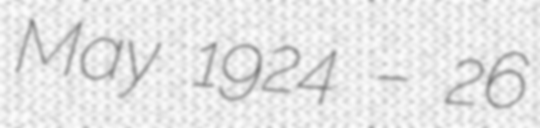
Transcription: May 1924 – 26